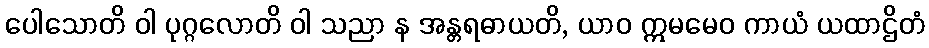
ပေါသောတိ ဝါ ပုဂ္ဂလောတိ ဝါ သညာ န အန္တရဓာယတိ, ယာဝ ဣမမေဝ ကာယံ ယထာဌိတံ